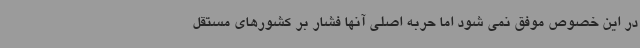
در این خصوص موفق نمی شود اما حربه اصلی آنها فشار بر کشورهای مستقل